Scottish Leaving Certificate Examination, 1961
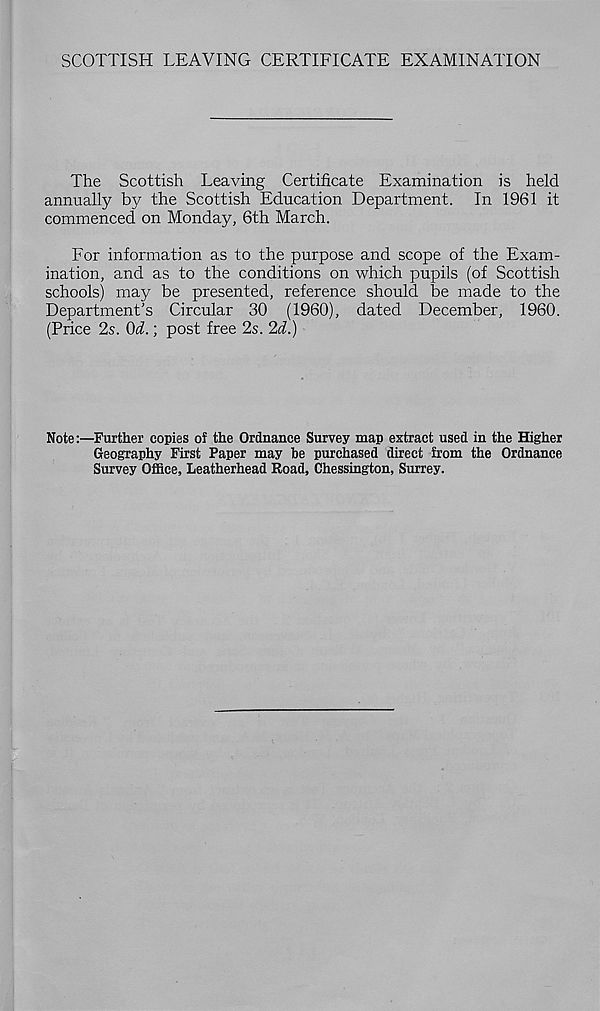
SCOTTISH LEAVING CERTIFICATE EXAMINATION
The Scottish Leaving Certificate Examination is held
annually by the Scottish Education Department. In 1961 it
commenced on Monday, 6th March.
For information as to the purpose and scope of the Exam-
ination, and as to the conditions on which pupils (of Scottish
schools) may be presented, reference should be made to the
Department’s Circular 30 (1960), dated December, 1960.
(Price 2s. Oi.; post free 2s. 2d.)
Note:—Further copies of the Ordnance Survey map extract used in the Higher
Geography First Paper may be purchased direct from the Ordnance
Survey Office, Leatherhead Road, Chessington, Surrey.